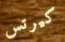
كيرتس